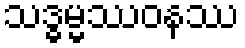
သဒ္ဓမ္မဿဝနဿ